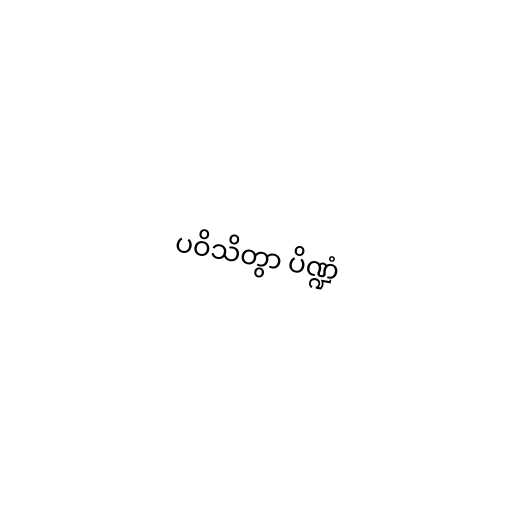
ပဝိသိတွာ ပိဏ္ဍံ